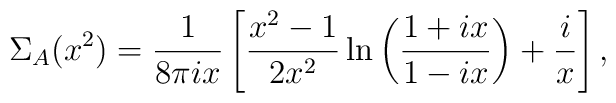
\Sigma_A(x^2)=\frac{1}{8\pi i x} \left[ \frac{x^2-1}{2x^2}    \ln\left( \frac{1+ix}{1-ix} \right) + \frac{i}{x} \right],